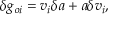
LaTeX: \delta g _ { o i } = v _ { i } \delta a + a \delta v _ { i } ,